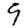
Digit: 9